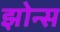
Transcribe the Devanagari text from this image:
झोन्स